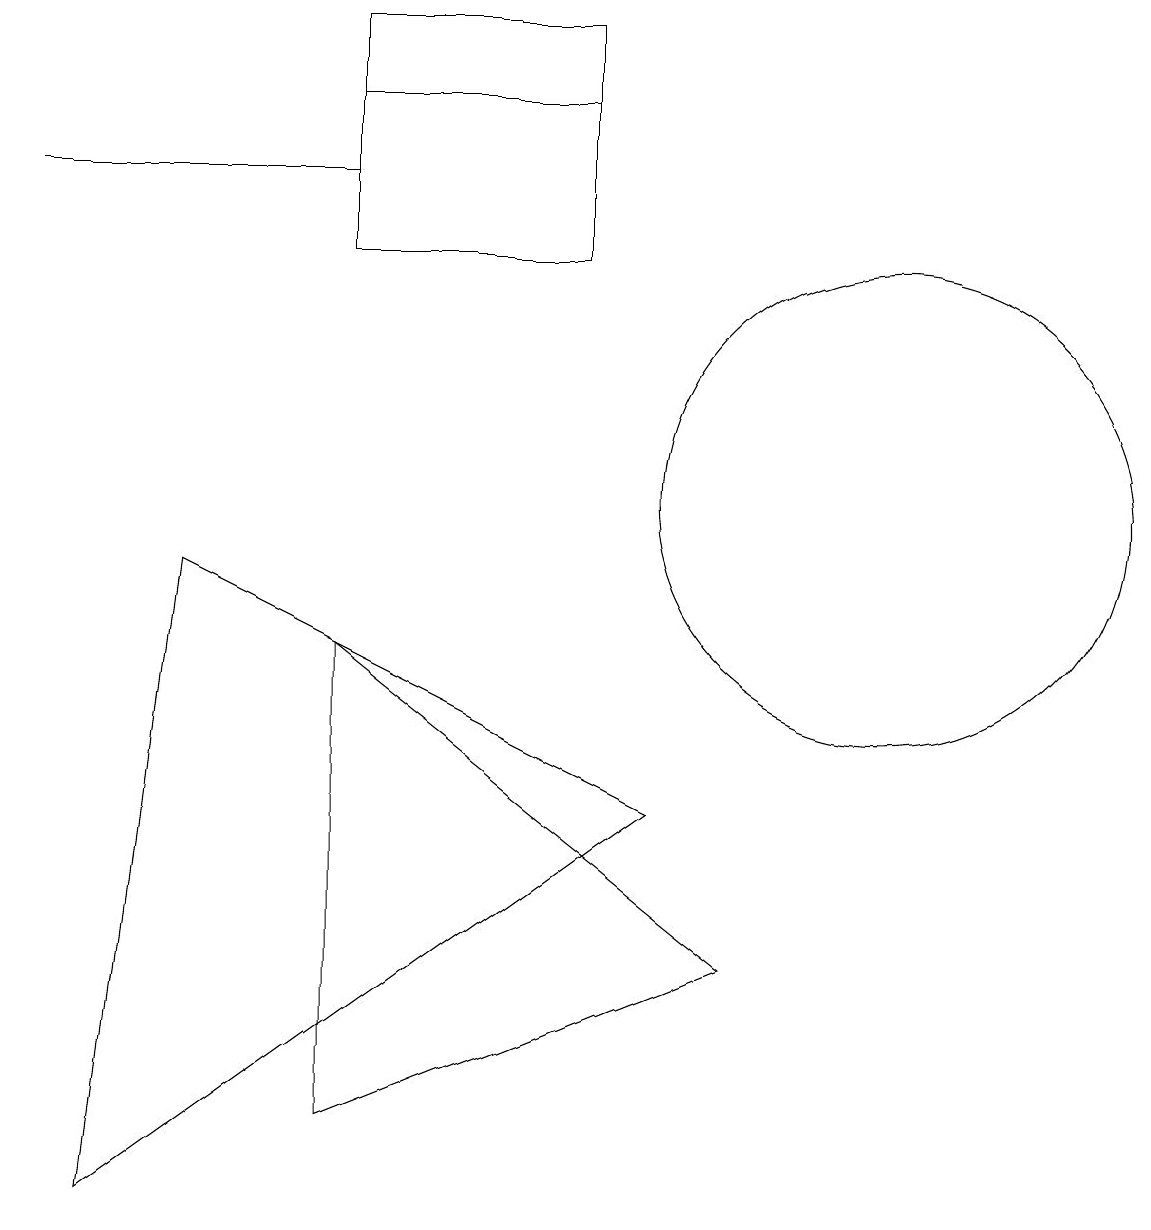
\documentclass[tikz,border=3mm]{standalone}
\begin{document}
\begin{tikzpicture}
\draw (8,6) -- (1,1) -- (2,9) -- cycle;
\draw (0,14) rectangle (4,14);
\draw (7,13) rectangle (4,15);
\draw (9,4) -- (4,8) -- (4,2) -- cycle;
\draw (7,13) rectangle (4,16);
\draw (11,10) circle (3);
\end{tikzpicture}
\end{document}